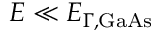
E \ll E _ { \Gamma , \mathrm { G a A s } }